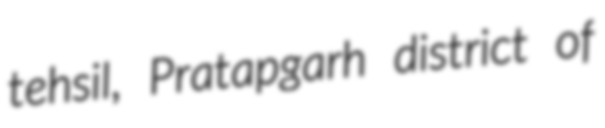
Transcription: tehsil, Pratapgarh district of